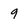
Character: 9